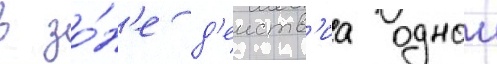
в зо́н'е д'еиств'иа однои